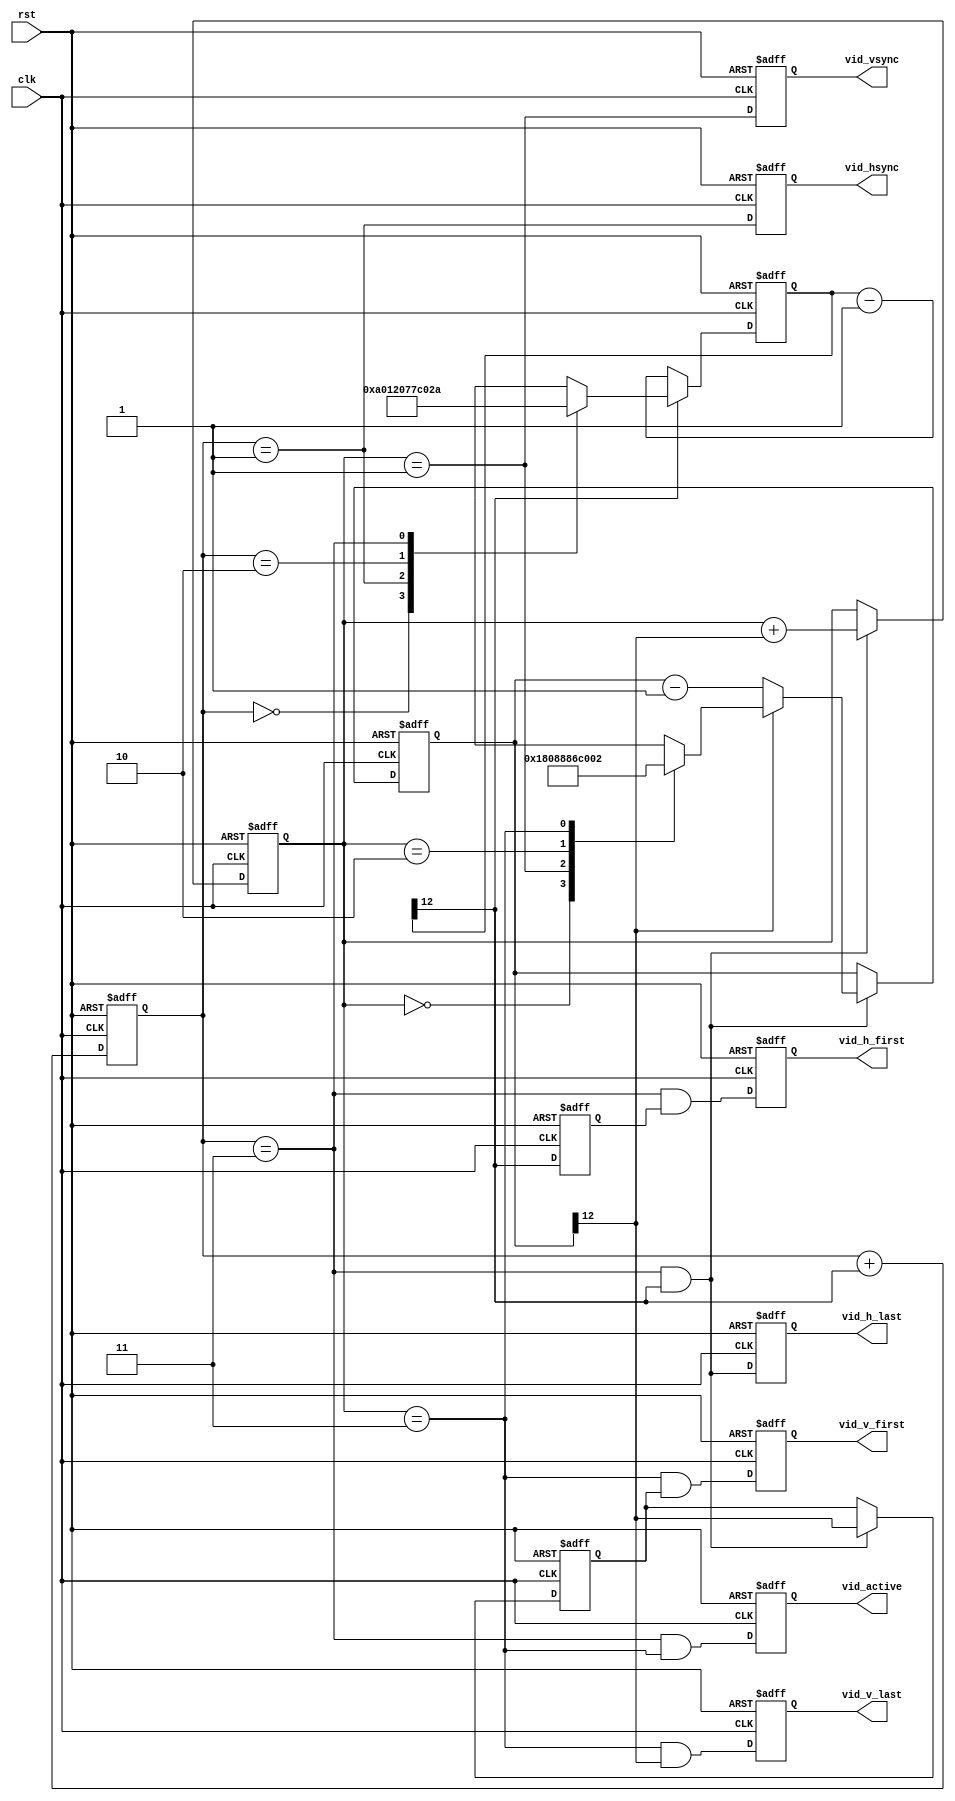
module hdmi_tgen #(
	parameter integer H_WIDTH  = 12,
	parameter integer H_FP     =   88 / 2,
	parameter integer H_SYNC   =   44 / 2,
	parameter integer H_BP     =  148 / 2,
	parameter integer H_ACTIVE = 1920 / 2,
	parameter integer V_WIDTH  = 12,
	parameter integer V_FP     =    4,
	parameter integer V_SYNC   =    5,
	parameter integer V_BP     =   36,
	parameter integer V_ACTIVE = 1080
)(
	output reg  vid_hsync,
	output reg  vid_vsync,
	output reg  vid_active,
	output reg  vid_h_first,
	output reg  vid_h_last,
	output reg  vid_v_first,
	output reg  vid_v_last,

	input  wire clk,
	input  wire rst
);

	localparam Z_FP     = 0;
	localparam Z_SYNC   = 1;
	localparam Z_BP     = 2;
	localparam Z_ACTIVE = 3;

	// Signals
	reg  [1:0] h_zone;
	wire [H_WIDTH:0] h_dec;
	reg  [H_WIDTH:0] h_mux;
	reg  [H_WIDTH:0] h_cnt;
	reg  h_first;
	wire h_last;

	reg  [1:0] v_zone;
	wire [V_WIDTH:0] v_dec;
	reg  [V_WIDTH:0] v_mux;
`ifdef FORCE_REG
	wire [V_WIDTH:0] v_cnt;
`else
	reg  [V_WIDTH:0] v_cnt;
`endif
	reg  v_first;
	wire v_last;
	wire v_ce;
	reg  v_ce_r;

	// Horizontal Counter
	assign h_dec  = h_cnt - 1;
	assign h_last = h_cnt[H_WIDTH];

	always @(posedge clk or posedge rst)
		if (rst)
			h_first <= 1'b1;
		else
			h_first <= h_last;

	always @(posedge clk or posedge rst)
		if (rst)
			h_zone <= 2'b00;
		else
			h_zone <= h_zone + h_last;

	always @(*)
	begin
		h_mux = h_dec;

		if (h_last)
			case (h_zone)
				Z_FP:     h_mux = H_SYNC   - 2;
				Z_SYNC:   h_mux = H_BP     - 2;
				Z_BP:     h_mux = H_ACTIVE - 2;
				Z_ACTIVE: h_mux = H_FP     - 2;
			endcase
	end

	always @(posedge clk or posedge rst)
		if (rst)
			h_cnt <= 0;
		else
			h_cnt <= h_mux;

	// Vertical Counter
	assign v_dec  = v_cnt - 1;
	assign v_last = v_cnt[V_WIDTH];
	assign v_ce   = h_last & (h_zone == Z_ACTIVE);

	always @(posedge clk)
		v_ce_r <= v_ce;

	always @(posedge clk or posedge rst)
		if (rst)
			v_first <= 1'b1;
		else if (v_ce)
			v_first <= v_last;

	always @(posedge clk or posedge rst)
		if (rst)
			v_zone <= 2'b00;
		else if (v_ce)
			v_zone <= v_zone + v_last;

	always @(*)
	begin
		v_mux = v_dec;

		if (v_last)
			case (v_zone)
				Z_FP:     v_mux = V_SYNC   - 2;
				Z_SYNC:   v_mux = V_BP     - 2;
				Z_BP:     v_mux = V_ACTIVE - 2;
				Z_ACTIVE: v_mux = V_FP     - 2;
			endcase
	end

`ifdef FORCE_REG
	dffer_n #(
		.WIDTH(V_WIDTH+1)
	) v_cnt_I (
		.d(v_mux),
		.q(v_cnt),
		.ce(v_ce),
		.clk(clk),
		.rst(rst)
	);
`else
	always @(posedge clk or posedge rst)
		if (rst)
			v_cnt <= 0;
		else if (v_ce)
			v_cnt <= v_mux;
`endif

	// Active / Sync generation
	always @(posedge clk or posedge rst)
		if (rst) begin
			vid_hsync   <= 1'b0;
			vid_vsync   <= 1'b0;
			vid_active  <= 1'b0;
			vid_h_first <= 1'b0;
			vid_h_last  <= 1'b0;
			vid_v_first <= 1'b0;
			vid_v_last  <= 1'b0;
		end else begin
			vid_hsync   <= (h_zone == Z_SYNC);
			vid_vsync   <= (v_zone == Z_SYNC);
			vid_active  <= (h_zone == Z_ACTIVE) & (v_zone == Z_ACTIVE);
			vid_h_first <= (h_zone == Z_ACTIVE) & h_first;
			vid_h_last  <= (h_zone == Z_ACTIVE) & h_last;
			vid_v_first <= (v_zone == Z_ACTIVE) & v_first;
			vid_v_last  <= (v_zone == Z_ACTIVE) & v_last;
		end

endmodule